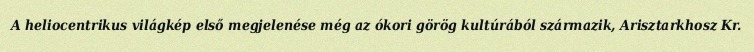
A heliocentrikus világkép első megjelenése még az ókori görög kultúrából származik, Arisztarkhosz Kr.